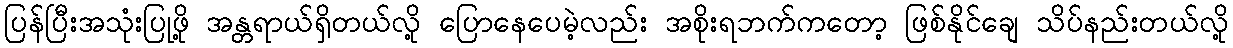
ပြန်ပြီးအသုံးပြုဖို့ အန္တရာယ်ရှိတယ်လို့ ပြောနေပေမဲ့လည်း အစိုးရဘက်ကတော့ ဖြစ်နိုင်ချေ သိပ်နည်းတယ်လို့